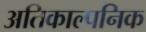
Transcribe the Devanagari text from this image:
अतिकाल्पनिक